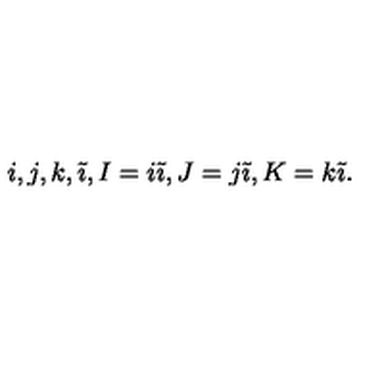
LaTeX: i , j , k , \tilde { \imath } , I = i \tilde { \imath } , J = j \tilde { \imath } , K = k \tilde { \imath } .